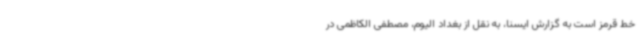
خط قرمز است به گزارش ایسنا، به نقل از بغداد الیوم، مصطفی الکاظمی در